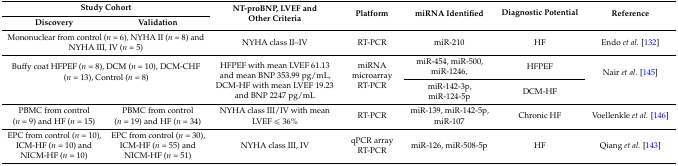
| <COLSPAN=2> Study Cohort | <ROWSPAN=2> NT-proBNP, LVEF and Other Criteria | <ROWSPAN=2> Platform | <ROWSPAN=2> miRNA Identified | <ROWSPAN=2> Diagnostic Potential | <ROWSPAN=2> Reference |
 | Discovery | Validation |
 | --- | --- | --- | --- | --- | --- | --- |
 | <COLSPAN=2> Mononuclear from control (n = 6), NYHA II (n = 8) and NYHA III, IV (n = 5) | NYHA class II–IV | RT-PCR | miR-210 | HF | Endo et al. [132] |
 | <ROWSPAN=2-COLSPAN=2> Buffy coat HFPEF (n = 8), DCM (n = 10), DCM-CHF (n = 13), Control (n = 8) | <ROWSPAN=2> HFPEF with mean LVEF 61.13 and mean BNP 353.99 pg/mL, DCM-HF with mean LVEF 19.23 and BNP 2247 pg/mL | <ROWSPAN=2> miRNA microarray RT-PCR | miR-454, miR-500, miR-1246, | HFPEF | <ROWSPAN=2> Nair et al. [145] |
 | miR-142-3p, miR-124-5p | DCM-HF |
 | PBMC from control (n = 9) and HF (n = 15) | PBMC from control (n = 19) and HF (n = 34) | NYHA class III/IV with mean LVEF ≤ 36% | RT-PCR | miR-139, miR-142-5p, miR-107 | Chronic HF | Voellenkle et al. [146] |
 | EPC from control (n = 10), ICM-HF (n = 10) and NICM-HF (n = 10) | EPC from control (n = 30), ICM-HF (n = 55) and NICM-HF (n = 51) | NYHA class III, IV | qPCR array RT-PCR | miR-126, miR-508-5p | HF | Qiang et al. [143] |